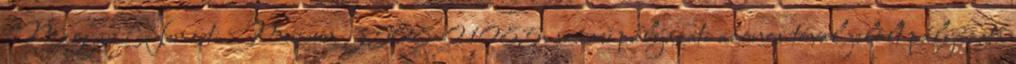
Magyar Nemzeti Múzeum 3508 01085. számú pályázati azonosítóval jelölt pályázata